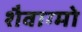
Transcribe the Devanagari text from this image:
शैवाग्मो